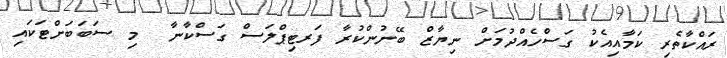
ރައްކާތެރި ކަމާއިއެކު ގަސްހެއްދުމަށް ނިޔާޒް ބޭނުންކުރާ ފަރޓިޕްލަސް ގަސްކާނާ  މި ސަބަބަށްޓަކައި